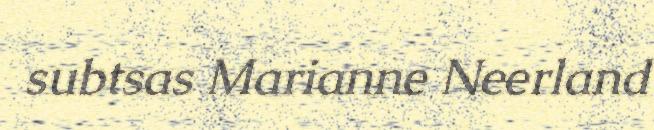
subtsas Marianne Neerland